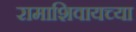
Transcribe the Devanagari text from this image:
रामाशिवायच्या